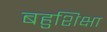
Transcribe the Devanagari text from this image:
बहुशिक्षा